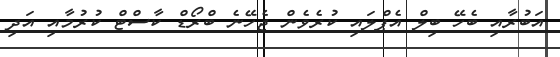
އަބުރާއި ބެހޭ ބިލް އެޕްލައި ކުރެވެން ޖެހޭނެ ބްރޯޑް ކާސްޓް ކުރުމާއި އަދި